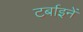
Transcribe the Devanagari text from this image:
टर्बाइनें